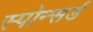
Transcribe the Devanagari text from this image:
स्पोन्सर्ड